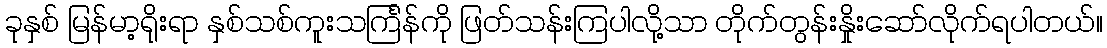
ခုနှစ် မြန်မာ့ရိုးရာ နှစ်သစ်ကူးသင်္ကြန်ကို ဖြတ်သန်းကြပါလို့သာ တိုက်တွန်းနှိုးဆော်လိုက်ရပါတယ်။